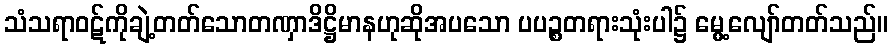
သံသရာဝဋ်ကိုချဲ့တတ်သောတဏှာဒိဋ္ဌိမာနဟုဆိုအပသော ပပဉ္စတရားသုံးပါ၌ မွေ့လျော်တတ်သည်။